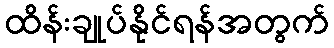
ထိန်းချုပ်နိုင်ရန်အတွက်